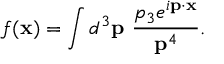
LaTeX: f ( { \bf x } ) = \int d ^ { 3 } { \bf p } ~ \frac { p _ { 3 } e ^ { i { \bf p } \cdot { \bf x } } } { { \bf p } ^ { 4 } } .